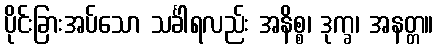
ပိုင်းခြားအပ်သော သင်္ခါရလည်း အနိစ္စ၊ ဒုက္ခ၊ အနတ္တ။